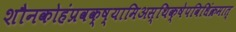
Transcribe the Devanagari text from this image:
शौनकोहंप्रवक्ष्यामिअस्थिक्षेपविधिंक्रमात्